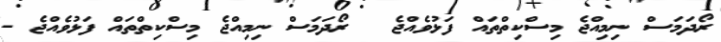
ރޯދަމަަސް ނިމިއްޖެ މިސްކިތްތައް ފަޅުވެއްޖެ  	ރޯދަމަަސް ނިމިއްޖެ މިސްކިތްތައް ފަޅުވެއްޖެ -